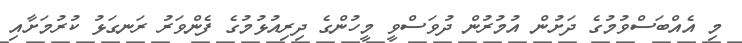
މި އެއްބަސްވުމުގެ ދަށުން އުމުރުން ދުވަސްވީ މީހުންގެ ދިރިއުޅުމުގެ ފެންވަރު ރަނގަޅު ކުރުމަށާއި